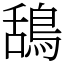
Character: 鴰